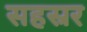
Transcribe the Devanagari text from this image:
सहस्रर